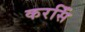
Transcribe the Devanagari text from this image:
करसिँ